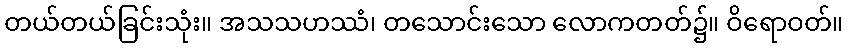
တယ်တယ်ခြင်းသုံး။ အသသဟဿံ၊ တသောင်းသော လောကတတ်၌။ ဝိရောဝတ်။